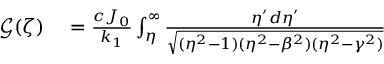
\begin{array} { r l } { \mathcal { G } ( \zeta ) } & { { } = \frac { c J _ { 0 } } { k _ { 1 } } \int _ { \eta } ^ { \infty } \frac { \eta ^ { \prime } d \eta ^ { \prime } } { \sqrt { ( \eta ^ { 2 } - 1 ) ( \eta ^ { 2 } - \beta ^ { 2 } ) ( \eta ^ { 2 } - \gamma ^ { 2 } ) } } } \end{array}